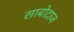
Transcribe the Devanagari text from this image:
साबोटाज